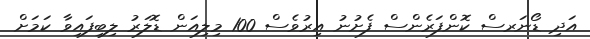
އަދި ޑޯނަރސް ކޮންފަރެންސް ފެށުނު އިރުވެސް 100 މިލިއަން ޑޮލަރު ލިބިފައިވާ ކަމަށް